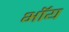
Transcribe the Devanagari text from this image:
भॉय